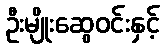
ဦးမျိုးဆွေဝင်းနှင့်